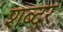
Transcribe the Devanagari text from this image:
शब्दर